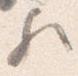
歟